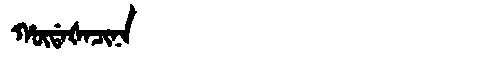
Manchu: ᡥᡡᡩᠠᡧᠠᠴᡳᠨᠠ
Romanization: HŪDAŠACINA